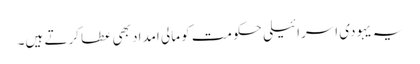
یہ یہودی اسرائیلی حکومت کو مالی امداد بھی عطا کرتے ہیں۔